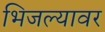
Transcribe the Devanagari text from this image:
भिजल्यावर